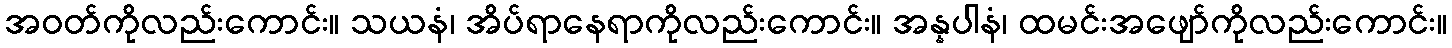
အဝတ်ကိုလည်းကောင်း။ သယနံ၊ အိပ်ရာနေရာကိုလည်းကောင်း။ အန္နပါနံ၊ ထမင်းအဖျော်ကိုလည်းကောင်း။